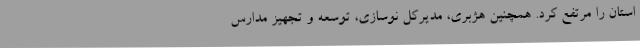
استان را مرتفع کرد. همچنین هژبری، مدیرکل نوسازی، توسعه و تجهیز مدارس